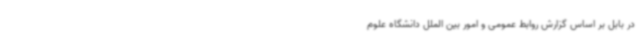
در بابل بر اساس گزارش روابط‌ عمومی و امور بین ‌الملل دانشگاه علوم